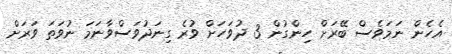
އެހެން ނަމަވެސް ބޭރަށް ހިންގުން 3 ދުވަހަށް ވުރެ ގިނަދުވަސްވާނަމަ ނުވަތަ ވަރަށް